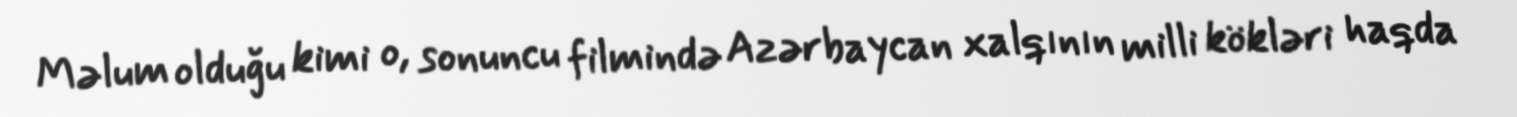
Məlum olduğu kimi o, sonuncu filmində Azərbaycan xalqının milli kökləri haqda